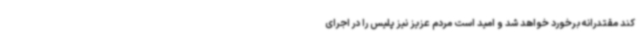
کند مقتدرانه برخورد خواهد شد و امید است مردم عزیز نیز پلیس را در اجرای